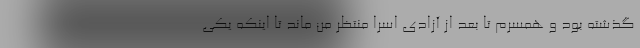
گذشته بود و همسرم تا بعد از آزادی اسرا منتظر من ماند تا اینکه یکی